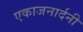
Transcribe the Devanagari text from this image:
एकाजनार्दनी